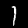
Label: 1